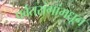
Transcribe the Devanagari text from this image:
पर्वतरांगांमधून